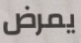
يمرض